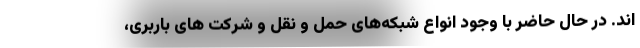
اند. در حال حاضر با وجود انواع شبکه‌های حمل و نقل و شرکت های باربری،